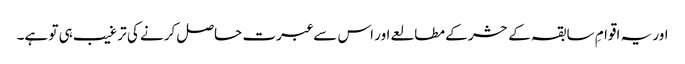
اور یہ اقوامِ سابقہ کے حشر کے مطالعے اور اس سے عبرت حاصل کرنے کی ترغیب ہی تو ہے۔